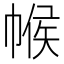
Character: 帿